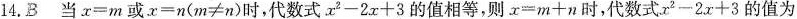
14.B 当$$x = m$$或$$x = n ( m ≠ n )$$时,代数式$$x ^ { 2 } - 2 x + 3$$的值相等,则$$x = m 十 n$$ 时,代数式$$x ^ { 2 } - 2 x + 3$$的值为